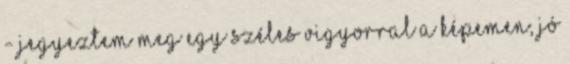
- jegyeztem meg egy széles vigyorral a képemen, jó